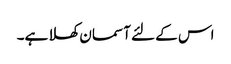
اس کے لئے آسمان کھلا ہے۔